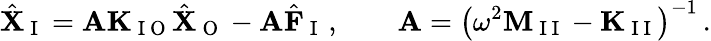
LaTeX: \hat{\mathbf{X}}_{\mathrm{~I~}}=\mathbf{A}\mathbf{K}_{\mathrm{~I~O~}}\hat{\mathbf{X}}_{\mathrm{~O~}}-\mathbf{A}\hat{\mathbf{F}}_{\mathrm{~I~}}\, ,\qquad\mathbf{A}=\left(\omega^{2}\mathbf{M}_{\mathrm{~I~I~}}-\mathbf{K}_{\mathrm{~I~I~}}\right)^{-1}\, .